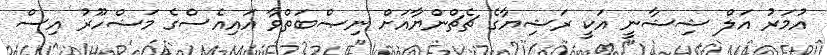
އުމަރު އަލް ޝިޝާނީ އަކީ ރަޝިޔާގެ ޗެޗްންޔާއަށް ނިޞްބަތްވާ އައިއެސްގެ މަޝްހޫރު އިސް